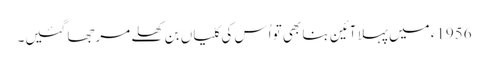
1956ء میں پہلا آئین بنا بھی تو اُس کی کلیاں بن کھلے مرجھا گئیں۔